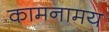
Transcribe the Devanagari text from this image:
कामनामय